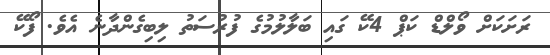
ރަށަކަށް ވޯލްޑް ކަޕް 4ކޭ ގައި ބަލާލުމުގެ ފުރުސަތު ލިބިގެންދާނެ އެވެ. ފޯކޭ